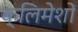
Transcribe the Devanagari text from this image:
क्लिमेशों